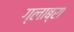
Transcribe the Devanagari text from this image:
ग्लाब्रा